Vital statistics of India. Vol. IV, Annual returns from 1871 to 1876. British Army of India, Native Army and jails of Bengal
Year: 1871
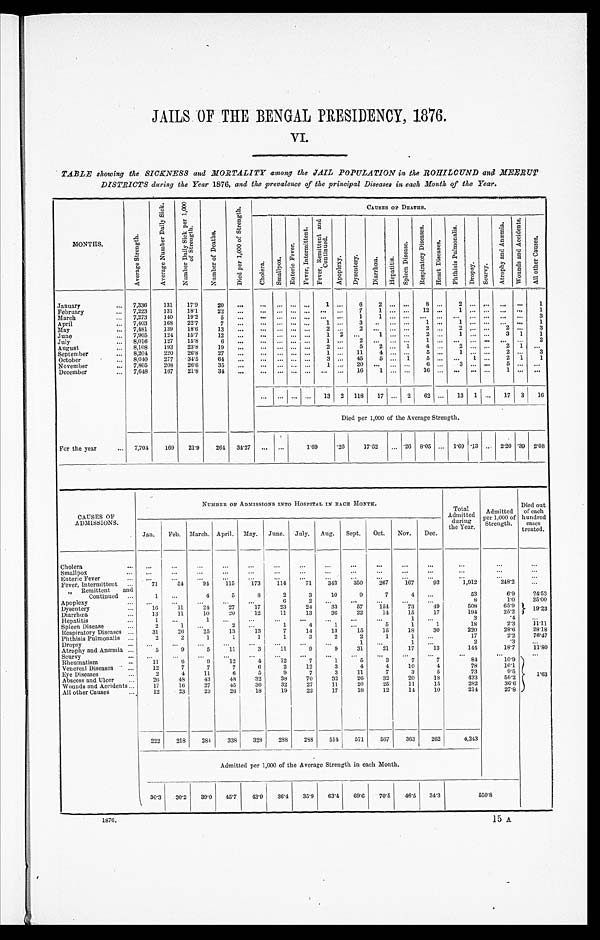
JAILS OF THE BENGAL PRESIDENCY, 1876.
VI.
TABLE showing the SICKNESS and MORTALITY among the JAIL POPULATION in the ROHILCUND and MEERUT
DISTRICTS during the Year 1876, and the prevalence of the principal Diseases in each Month of the Year.
M O N T H S .
A v e r a g e S t r e n g t h .
A v e r a g e N u m b e r D a i l y S i c k .
N u m b e r D a i l y S i c k p e r 1 , 0 0 0 o f S t r e n g t h .
N u m b e r o f D e a t h s .
D i e d p e r 1 , 0 0 0 o f S t r e n g t h .
C A U S E S O F D E A T H S .
C h o l e r a .
S m a l l p o x .
E n t e r i c F e v e r .
F e v e r , I n t e r m i t t e n t .
F e v e r , R e m i t t e n t a n d C o n t i n u e d .
A p o p l e x y .
D y s e n t e r y .
D i a r r h œ a . H e p a t i t i s .
S p l e e n D i s e a s e .
R e s p i r a t o r y D i s e a s e s .
H e a r t D i s e a s e s .
P h t h i s i s P u l m o n a l i s .
D r o p s y . S c u r v y .
A t r o p h y a n d A n æ m i a .
W o u n d s a n d A c c i d e n t s .
A l l o t h e r C a u s e s .
January
7,336
131
17·9
20 ...
... ... ... ...
1 ...
6
2
. . . . . .
8 . . .
2
. . . . . . . . .
. . .
1
February
7,223
131
18·1
22 ...
... ... ... ... ... ...
7
1 . . . . . .
1 2 . . .
1 . . . . . . . . .
. . .
1
March
7,273
140
19·2
5 . . .
... ... ... ... ... ...
1 1
. . . . . . . . .
. . . . . .
. . . . . .
. . .
. . .
3
April
7,403
168
22·7
7
...
... ... ... ...
1 ...
3
. . . . . . . . .
1 . . . 1
. . . . . . . . .
. . .
1
May
7,481
139
18·6
13 ...
... ... ... ...
2 ...
2 . . .
. . . . . .
2 . . .
2 . . . . . .
2 . . .
3
June
7,905
124
15·7
12
. . .
... ...
. . . . . .
1 2
. . .
1 . . . . . .
2 . . .
1 . . . . . .
3 1
1
July
8,016
127
15·8
6
...
... ...
... ...
1 ...
2
. . .
. . . . . . 1
. . . . . .
. . .
. . . . . .
. . .
2
August
8,108
193
23·8
19
. . .
. . .
. . . . . . . . .
2 ...
5
2 . . .
1 4
. . . 2
. . . . . .
2
1 . . .
September
8,204
220
26·8
27 ..,
... ... ... ...
1 ...
1 1
4 . . . . . .
5 . . .
1 . . . . . .
2 . . .
3
October
8,040 277
34·5
64 ...
... ... ... ...
3 ...
4 5
5 . . .
1 5
. . . . . .
1 . . .
2 1
1
November
7,805 208
26·6
35 ...
... ... ... ...
1 ...
2 0
. . .
. . . . . . 6
. . . 3
. . . . . . 5
. . . . . .
December
7,648
167
21·8
34 ...
... ... ... ... ... ...
1 6 1
. . . . . . 1 6
. . . . . .
. . . . . .
1 . . . . . .
. . .
. . .
... ... ... 13 2 118 17 ...
2
62 ... 13 1 ... 17 3 16
Died per 1,000 of the Average Strength.
For the year
7,704
169
21·9 264 34·27 ... ...
1·69
·26
17·52 ... ·26 8·05 ... 1·69
. 1 3 . . .
2 · 2 0
·39 2·08
CAUSES OF
ADMISSIONS.
NUMBER OF ADMISSIONS INTO HOSPITAL IN EACH MONTH.
T o t a l A d m i t t e d d u r i n g t h e Y e a r .
A d m i t t e d p e r 1 , 0 0 0 o f S t r e n g t h .
D i e d o u t o f e a c h h u n d r e d c a s e s t r e a t e d .
Jan. Feb. March. April. May. June. July. Aug. Sept. Oct. Nov. Dec.
Cholera
...
...
...
...
...
...
...
...
...
...
...
. . .
...
. . .
. . .
Smallpox
...
...
...
...
...
...
...
...
...
...
...
...
...
. . .
. . .
Enteric Fever
...
. . .
...
. . .
...
...
...
...
...
...
...
...
. . .
. . .
. . .
Fever, Intermittent
71
54
94
115
173
114
71
343
350
267
167
93
1,912
248·2
...
" Remittent and
Continued
1
. . .
4
5
8
2
3
10
9
7
4
. . . 53
6·9
24·53
Apoplexy
...
...
...
...
...
6
2
. . .
...
...
...
...
8
1·0
25·00
Dysentery
16
11
2 4
27
17
23
24
33
57
154
73
49
508
65·9
19·23
Diarrhœa
13
11
10
20
12
11
13
36
22
14
15
17
194
25·2
Hepatitis
1
. . .
1
. . .
. . .
. . .
. . .
. . .
. . .
. . .
1
. . . 3
·4
...
Spleen Disease
2
1
. . .
2
. . .
1
4
1
. . .
5
1
1
18
2·3
11·11
Respiratory Diseases
31
26
25
13
13
7
14
13
15
15
18
30
220
28·6
28·18
Phthisis Pulmonalis Dropsy
2
...
2
...
1
...
1
. . .
1
...
1
...
3
...
2
. . .
2
1
1
...
1
1
. . .
...
17
2
2 · 2
· 3
76·47 . . .
Atrophy and Anæmia
5
9
5
11
3
11
9
9
31
21
17
13
144
18·7
11·80
Scurvy
. . .
. . .
. . .
. . .
. . .
. . .
. . .
. . .
. . .
. . .
. . .
. . .
. . .
. . .
. . .
Rheumatism
11
6
9
12
4
1 2
7
1
5
3
7
7
84
10·9
1·63
Venereal Diseases
12
7
7
7
6
2
12
3
4
4
10
4
78
10·1
Eye Diseases
2
4
11
6
5
9
7
3
11
7
3
5
73
9·5
Abscess and Ulcer
26
48
43
48
32
38
70
32
26
32
20
18
433
56·2
Wounds and Accidents
17
16
27
45
36
32
27
11
20
25
11
15
282
36·6
All other Causes
12
23
23
26
18
19
22
17
18
12
14
10
214
27·8
222
218
284
338
328
288
288
514
571
567
363
262
4,243
Admitted per 1,000 of the Average Strength in each Month.
30·3 30·2 39·0 45·7 43·93 6 · 4
35·9 63·4 69·6 70·5 46·5 34·3
550·8